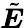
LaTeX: \tilde{\boldsymbol{E}}